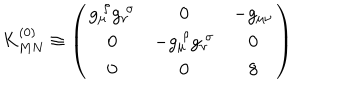
LaTeX: K _ { M N } ^ { ( 0 ) } \equiv \left( \begin{array} { c c c } { { g _ { \mu } ^ { \; \rho } g _ { \nu } ^ { \; \sigma } } } & { { 0 } } & { { - g _ { \mu \nu } } } \\ { { 0 } } & { { - g _ { \mu } ^ { \; \rho } g _ { \nu } ^ { \; \sigma } } } & { { 0 } } \\ { { 0 } } & { { 0 } } & { { 8 } } \\ \end{array} \right)